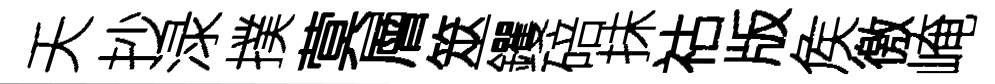
夭抄渌撲蓂層筮钁碚抺祜版矦徼崦